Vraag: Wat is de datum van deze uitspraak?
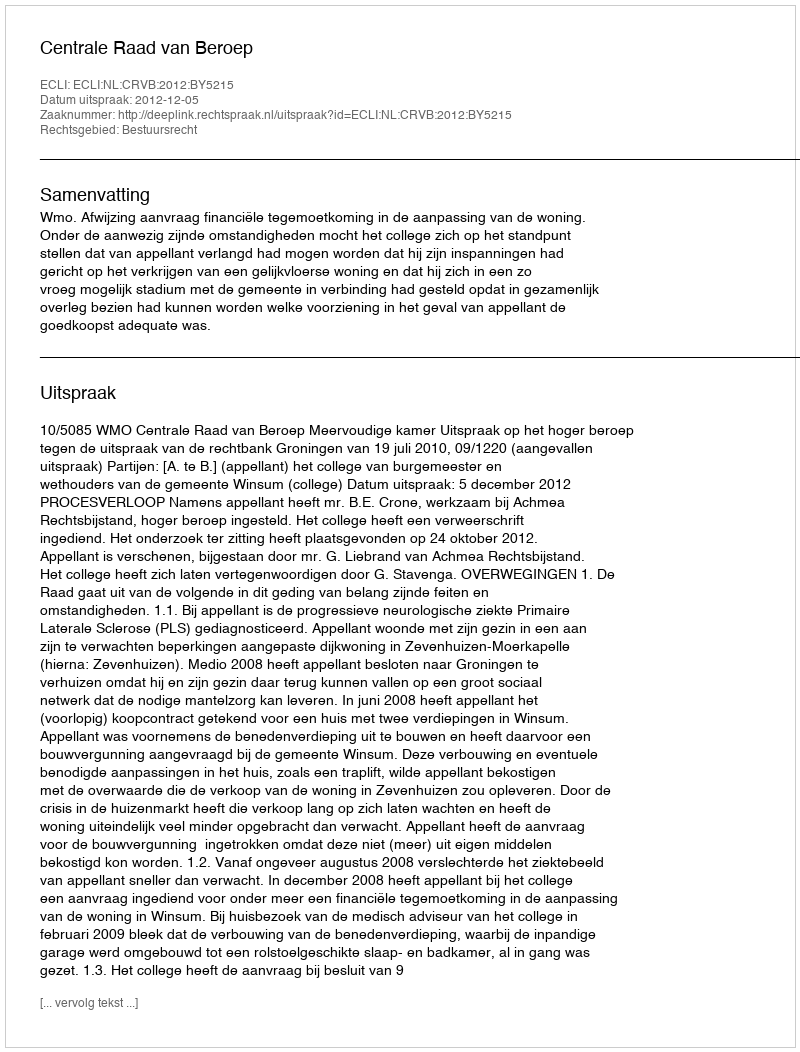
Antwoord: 2012-12-05